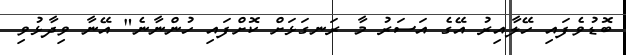
ބޮޑުވެފައި ހޭލާއިރު އޭގެ އަސަރު މާ ރަނގަޅަށް ކޮށްފައި ހުންނާނެ" އޭނާ ވިދާޅުވި